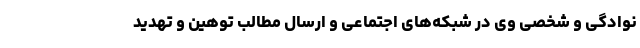
نوادگی و شخصیِ وی در شبکه‌های اجتماعی و ارسال مطالب توهین و تهدید